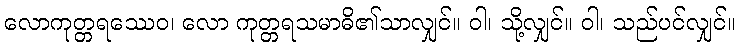
လောကုတ္တရဿေဝ၊ လော ကုတ္တရသမာဓိ၏သာလျှင်။ ဝါ၊ သို့လျှင်။ ဝါ၊ သည်ပင်လျှင်။